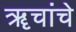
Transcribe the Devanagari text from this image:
ॠचांचे